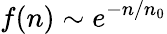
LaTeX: f(n)\sim e^{-n/n_{0}}